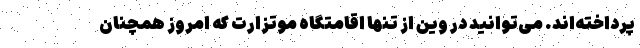
پرداخته‌اند. می‌توانید در وین از تنها اقامتگاه موتزارت که امروز همچنان